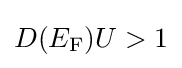
D(E_{\rm {F}})U>1